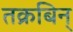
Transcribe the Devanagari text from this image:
तक्रबिन्